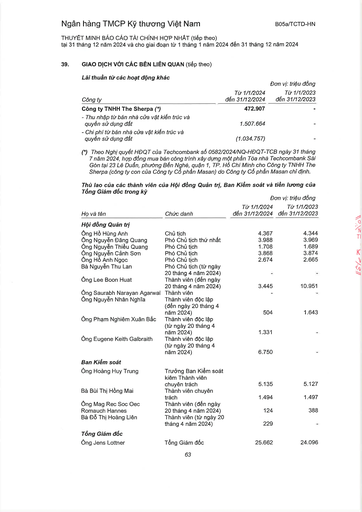
|Công ty|Từ 1/1/2024 đến 31/12/2024|Đơn vị: triệu đồng Từ 1/1/2023 đến 31/12/2023| |---|---|---| |Công ty TNHH The Sherpa (*)|472.907|.| |- Thu nhập từ bán nhà của vật kiến trúc và quyền sử dụng đất|1.507.664|| |- Chi phí từ bán nhà của vật kiến trúc và quyền sử dụng đất|(1.034.757)|-| ||||| |---|---|---|---| |Họ và tên|Chức danh|Từ 1/1/2024 đến 31/12/2024|Từ 1/1/2023 đến 31/12/2023| |Hội đồng Quản trị|||| |Ông Hồ Hùng Anh|Chủ tịch|4.367|4.344| |Ông Nguyễn Đăng Quang|Phó Chủ tịch thứ nhất|3.988|3.969| |Ông Nguyễn Thiệu Quang|Phó Chủ tịch|1.708|1.689| |Ông Nguyễn Cảnh Sơn|Phó Chủ tịch|3.868|3.874| |Ông Hồ Anh Ngọc|Phó Chủ tịch|2.674|2.665| |Bà Nguyễn Thu Lan|Phó Chủ tịch (từ ngày 20 tháng 4 năm 2024)|-|| |Ông Lee Boon Huat|Thành viên (đến ngày 20 tháng 4 năm 2024)|3.445|10.951| |Ông Saurabh Narayan Agarwal|Thành viên|-|| |Ông Nguyễn Nhân Nghĩa|Thành viên độc lập (đến ngày 20 tháng 4 năm 2024)|504|1.643| |Ông Phạm Nghiêm Xuân Bắc|Thành viên độc lập (từ ngày 20 tháng 4 năm 2024)|1.331|| |Ông Eugene Keith Galbraith|Thành viên độc lập (từ ngày 20 tháng 4 năm 2024)|6.750|-| |Ban Kiểm soát|||| |Ông Hoàng Huy Trung|Trưởng Ban Kiểm soát kiêm Thành viên chuyên trách|5.135|5.127| |Bà Bùi Thị Hồng Mai|Thành viên chuyên trách|1.494|1.497| |Ông Mag Rec Soc Oec Romauch Hannes|Thành viên (đến ngày 20 tháng 4 năm 2024)|124|388| |Bà Đỗ Thị Hoàng Liên|Thành viên (từ ngày 20 tháng 4 năm 2024)|229|| |Tổng Giám đốc|||| |Ông Jens Lottner|Tổng Giám đốc|25.662|24.096|